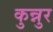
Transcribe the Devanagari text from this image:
कुन्नुर